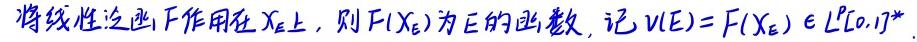
将线性泛函 $F$ 作用在 $X_E$ 上，则 $F(X_E)$ 为 $E$ 的函数，记 $v(E)=F(X_E)\in L^p[0,1]^*$.